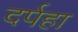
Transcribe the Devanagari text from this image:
दर्पहा